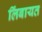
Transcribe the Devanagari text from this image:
लिंबायत